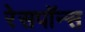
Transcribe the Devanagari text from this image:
रेसपॉन्स